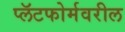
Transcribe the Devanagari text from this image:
प्लॅटफोर्मवरील